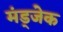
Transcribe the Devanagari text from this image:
मंड्जेक